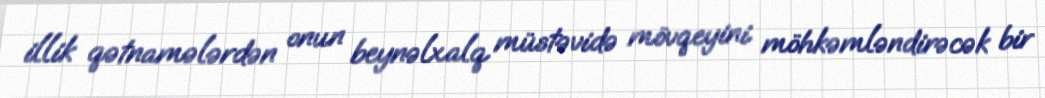
illik qətnamələrdən onun beynəlxalq müstəvidə mövqeyini möhkəmləndirəcək bir